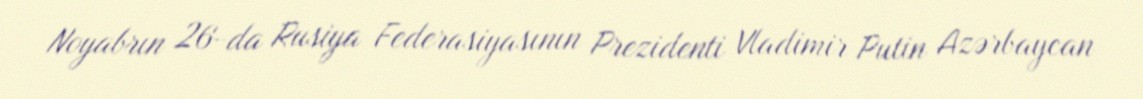
Noyabrın 26-da Rusiya Federasiyasının Prezidenti Vladimir Putin Azərbaycan